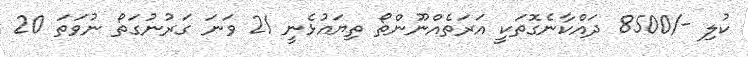
ކުލި -/8500 ދައްކާނެގޮތަކީ އަރަތެއްނޫންތޯ ތިޔައުޅެނީ 21 ވަނަ ގަރުނުގަތޯ ނުވަތަ 20